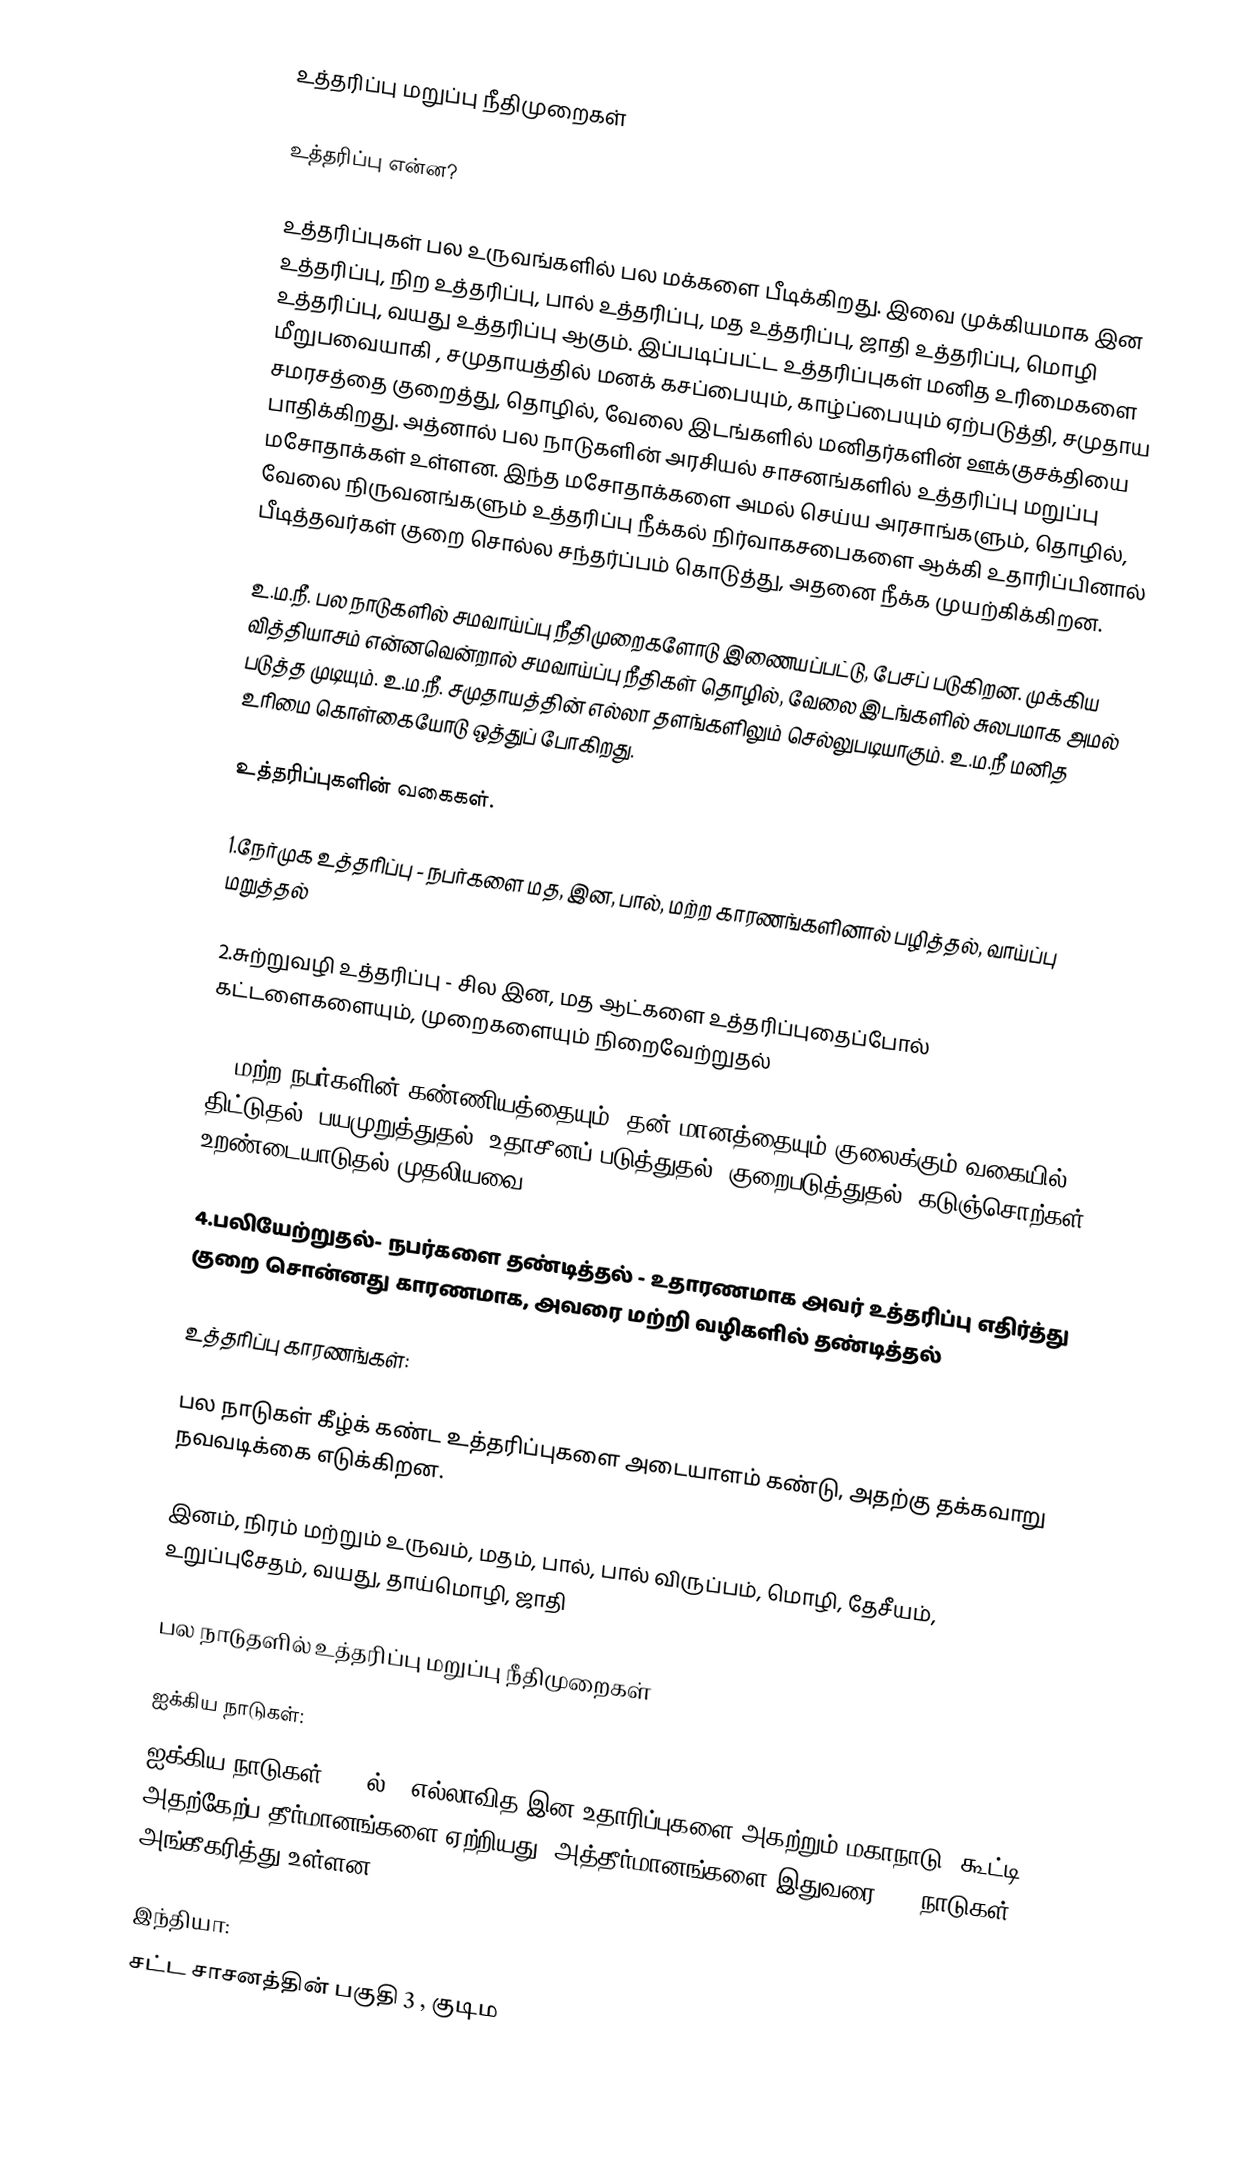
உத்தரிப்பு மறுப்பு நீதிமுறைகள்

உத்தரிப்பு என்ன?

உத்தரிப்புகள் பல உருவங்களில் பல மக்களை பீடிக்கிறது. இவை முக்கியமாக இன உத்தரிப்பு, நிற உத்தரிப்பு, பால் உத்தரிப்பு, மத உத்தரிப்பு, ஜாதி உத்தரிப்பு, மொழி உத்தரிப்பு, வயது உத்தரிப்பு ஆகும். இப்படிப்பட்ட உத்தரிப்புகள் மனித உரிமைகளை மீறுபவையாகி , சமுதாயத்தில் மனக் கசப்பையும், காழ்ப்பையும் ஏற்படுத்தி, சமுதாய சமரசத்தை குறைத்து, தொழில், வேலை இடங்களில் மனிதர்களின் ஊக்குசக்தியை பாதிக்கிறது. அத்னால் பல நாடுகளின் அரசியல் சாசனங்களில் உத்தரிப்பு மறுப்பு மசோதாக்கள் உள்ளன. இந்த மசோதாக்களை அமல் செய்ய அரசாங்களும், தொழில், வேலை நிருவனங்களும் உத்தரிப்பு நீக்கல் நிர்வாகசபைகளை ஆக்கி உதாரிப்பினால் பீடித்தவர்கள் குறை சொல்ல சந்தர்ப்பம் கொடுத்து, அதனை நீக்க முயற்கிக்கிறன.

உ.ம.நீ. பல நாடுகளில் சமவாய்ப்பு நீதிமுறைகளோடு இணையப்பட்டு, பேசப் படுகிறன. முக்கிய வித்தியாசம் என்னவென்றால் சமவாய்ப்பு நீதிகள் தொழில், வேலை இடங்களில் சுலபமாக அமல் படுத்த முடியும். உ.ம.நீ. சமுதாயத்தின் எல்லா தளங்களிலும் செல்லுபடியாகும். உ.ம.நீ மனித உரிமை  கொள்கையோடு ஒத்துப் போகிறது.

உத்தரிப்புகளின் வகைகள்.

1.நேர்முக உத்தரிப்பு - நபர்களை மத, இன, பால், மற்ற காரணங்களினால் பழித்தல், வாய்ப்பு மறுத்தல்

2.சுற்றுவழி உத்தரிப்பு - சில இன, மத ஆட்களை உத்தரிப்புதைப்போல் கட்டளைகளையும், முறைகளையும் நிறைவேற்றுதல்

3. மற்ற நபர்களின் கண்ணியத்தையும், தன் மானத்தையும் குலைக்கும் வகையில் திட்டுதல், பயமுறுத்துதல், உதாசீனப் படுத்துதல், குறைபடுத்துதல், கடுஞ்சொற்கள், உறண்டையாடுதல் முதலியவை.

4.பலியேற்றுதல்- நபர்களை தண்டித்தல் - உதாரணமாக அவர் உத்தரிப்பு எதிர்த்து குறை சொன்னது காரணமாக, அவரை மற்றி வழிகளில் தண்டித்தல்

உத்தரிப்பு காரணங்கள்:

பல நாடுகள் கீழ்க் கண்ட உத்தரிப்புகளை அடையாளம் கண்டு, அதற்கு தக்கவாறு நவவடிக்கை எடுக்கிறன.

இனம்,  நிரம் மற்றும் உருவம், மதம், பால், பால் விருப்பம், மொழி, தேசீயம், உறுப்புசேதம், வயது, தாய்மொழி, ஜாதி

பல நாடுதளில் உத்தரிப்பு மறுப்பு நீதிமுறைகள்

ஐக்கிய நாடுகள்:
ஐக்கிய நாடுகள் 1965ல், "எல்லாவித இன உதாரிப்புகளை அகற்றும் மகாநாடு" கூட்டி, அதற்கேற்ப தீர்மானங்களை ஏற்றியது. அத்தீர்மானங்களை இதுவரை 179 நாடுகள் அங்கீகரித்து உள்ளன.

இந்தியா:
சட்ட சாசனத்தின் பகுதி 3 , குடிம